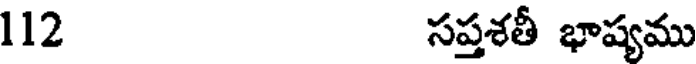
112 సప్తశతీ భాష్యము